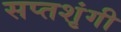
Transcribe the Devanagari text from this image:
सप्‍तशृंगी